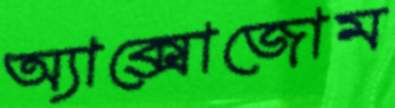
অ্যাক্সোজোম